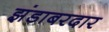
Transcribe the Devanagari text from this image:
झंडाबरदार